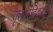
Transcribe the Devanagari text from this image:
कृष्णविवरांचे